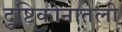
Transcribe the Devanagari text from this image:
दृष्टिकोनातली